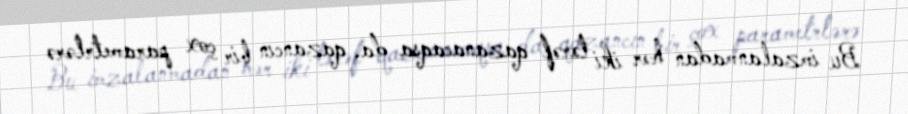
Bu imzalanmadan hər iki tərəf qazanacaqsa da, qazancın bir çox parametrlərə